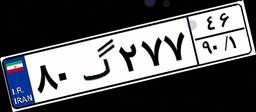
۸۰گ۲۷۷۴۶